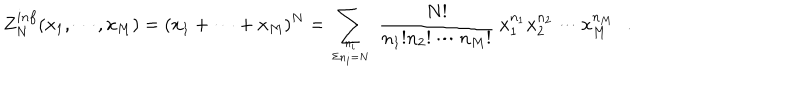
LaTeX: Z _ { N } ^ { i n f } ( x _ { 1 } , \cdots , x _ { M } ) = ( x _ { 1 } + \cdots + x _ { M } ) ^ { N } = \sum _ { { n _ { i } } \atop { \Sigma n _ { i } = N } } ~ { \frac { N ! } { n _ { 1 } ! n _ { 2 } ! \cdots n _ { M } ! } } ~ x _ { 1 } ^ { n _ { 1 } } x _ { 2 } ^ { n _ { 2 } } \cdots x _ { M } ^ { n _ { M } } \, \, \, \, .